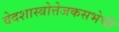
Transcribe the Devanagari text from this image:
वेदशास्त्रोत्तेजकसभेची